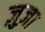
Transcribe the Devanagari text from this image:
ज़ुज़ा